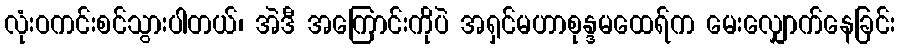
လုံးဝကင်းစင်သွားပါတယ်၊ အဲဒီ အကြောင်းကိုပဲ အရှင်မဟာစုန္ဒမထေရ်က မေးလျှောက်နေခြင်း